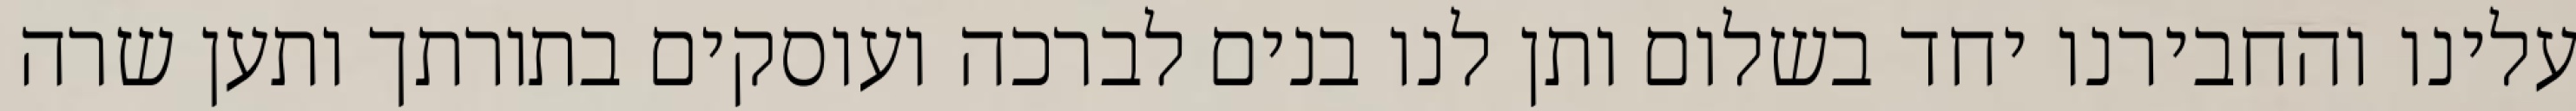
עלינו והחבירנו יחד בשלום ותן לנו בנים לברכה ועוסקים בתורתך ותען שרה